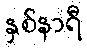
နှစ်နာရီ